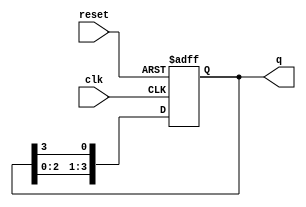
module ring_counter(
    input wire clk,         // Clock input
    input wire reset,       // Reset input
    output reg [n-1:0] q    // Output state (n-bit)
);
    parameter n = 4; // Number of bits (states) in the ring counter

    // Initial state
    initial begin
        q = 1'b1; // Set the first flip-flop high
    end

    // Always block triggered on the rising edge of the clock or reset
    always @(posedge clk or posedge reset) begin
        if (reset) begin
            q <= 1'b1; // Reset the counter to initial state
        end else begin
            // Shift the '1' to the left and wrap around
            q <= {q[n-2:0], q[n-1]}; // Shift the bits left and wrap around
        end
    end
endmodule